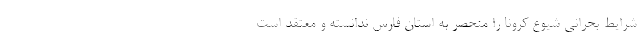
شرایط بحرانی شیوع کرونا را منحصر به استان فارس ندانسته و معتقد است